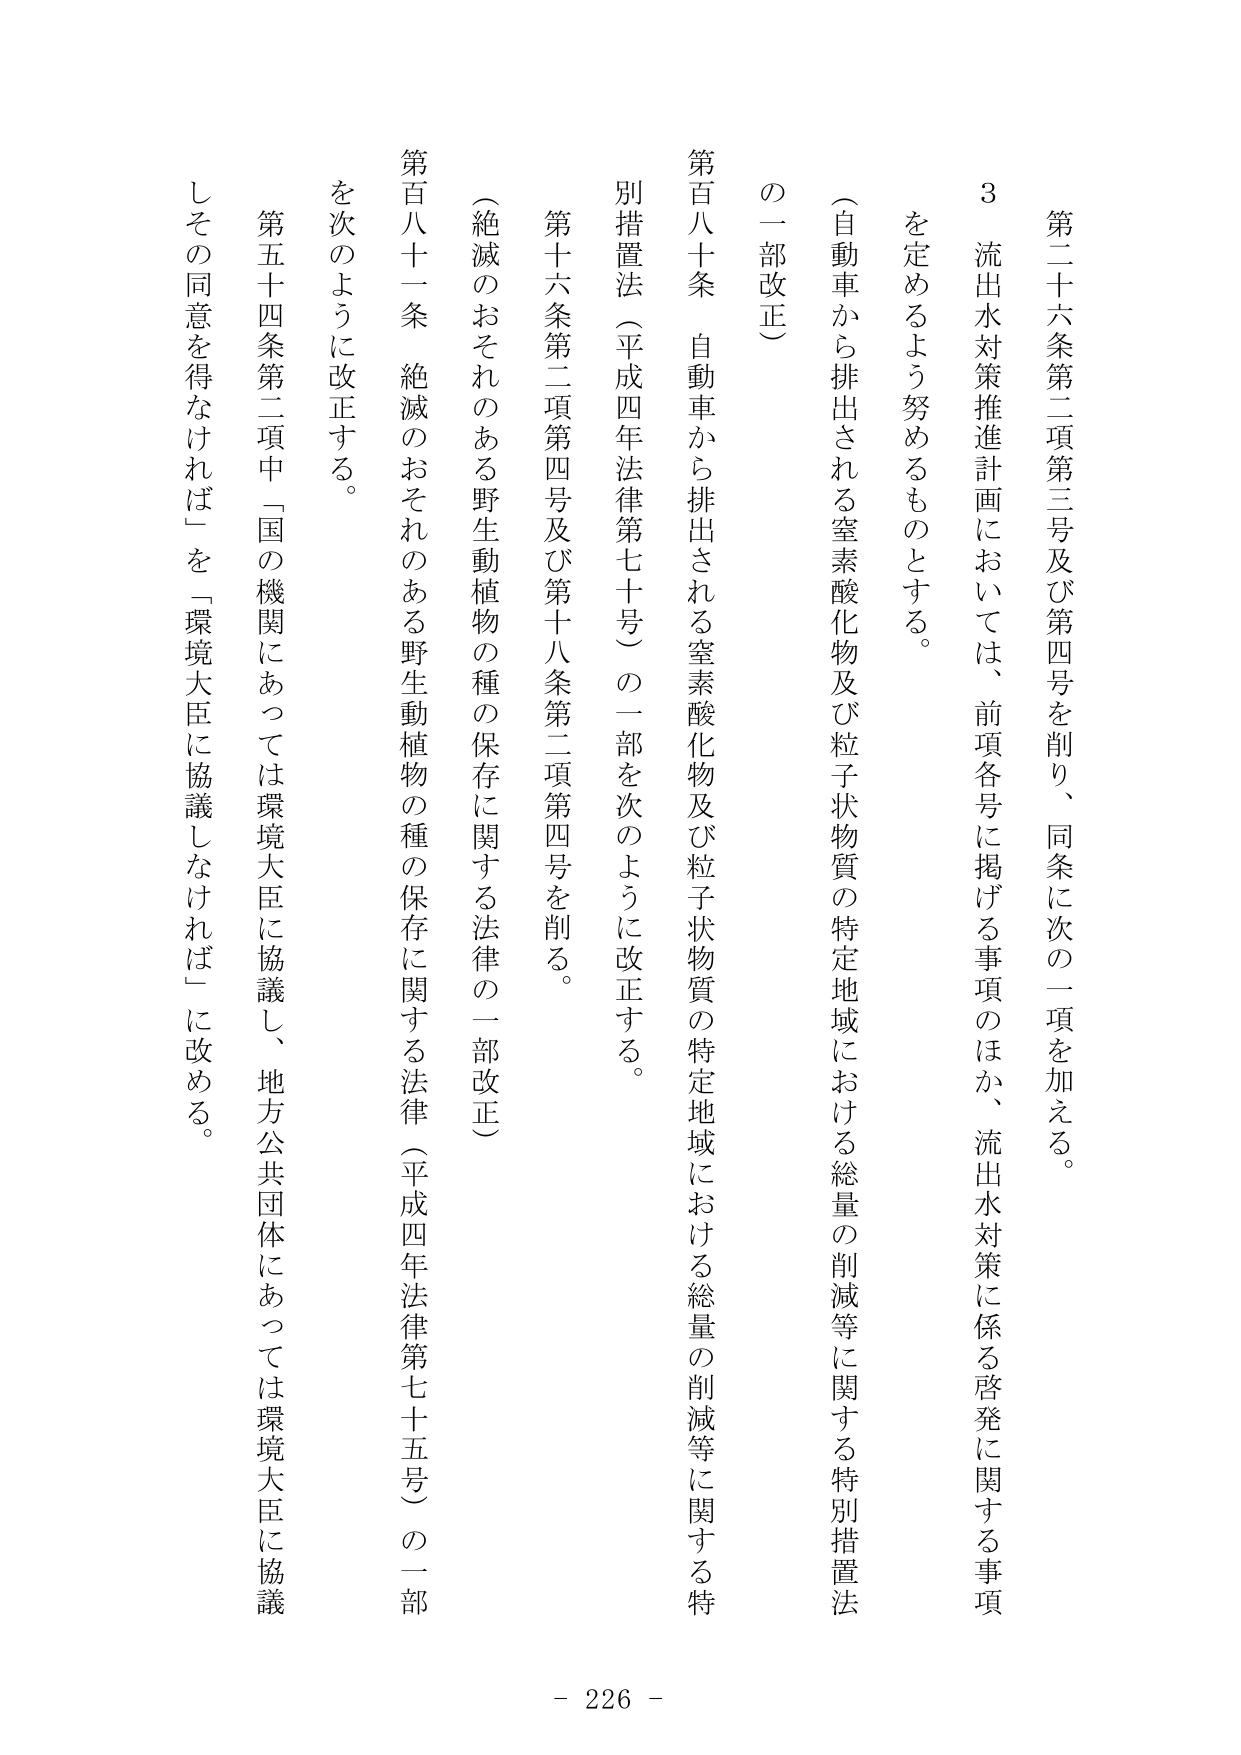
第二十六条第二項第三号及び第四号を削り、同条に次の一項を加える。

３　流出水対策推進計画においては、前項各号に掲げる事項のほか、流出水対策に係る啓発に関する事項を定めるよう努めるものとする。

（自動車から排出される窒素酸化物及び粒子状物質の特定地域における総量の削減等に関する特別措置法の一部改正）

第百八十条　自動車から排出される窒素酸化物及び粒子状物質の特定地域における総量の削減等に関する特別措置法（平成四年法律第七十号）の一部を次のように改正する。

第十六条第二項第四号及び第十八条第二項第四号を削る。

（絶滅のおそれのある野生動植物の種の保存に関する法律の一部改正）

第百八十一条　絶滅のおそれのある野生動植物の種の保存に関する法律（平成四年法律第七十五号）の一部を次のように改正する。

第五十四条第二項中「国の機関にあっては環境大臣に協議し、地方公共団体にあっては環境大臣に協議しその同意を得なければ」を「環境大臣に協議しなければ」に改める。

- 226 -